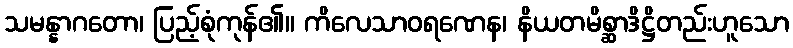
သမန္နာဂတော၊ ပြည့်စုံကုန်၏။ ကိလေသာဝရဏေန၊ နိယတမိစ္ဆာဒိဋ္ဌိတည်းဟူသော